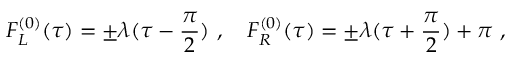
F _ { L } ^ { ( 0 ) } ( \tau ) = \pm \lambda ( \tau - \frac { \pi } { 2 } ) \ , ~ ~ ~ F _ { R } ^ { ( 0 ) } ( \tau ) = \pm \lambda ( \tau + \frac { \pi } { 2 } ) + \pi \ ,